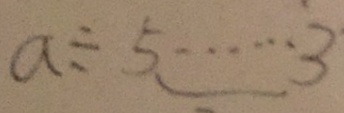
a \div 5 \cdots 3